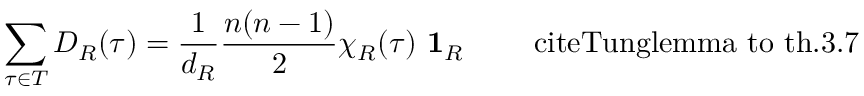
\sum _ { \tau \in T } D _ { R } ( \tau ) = \frac { 1 } { d _ { R } } \frac { n ( n - 1 ) } { 2 } \chi _ { R } ( \tau ) \mathrm { { \bf ~ 1 } } _ { R } \qquad \mathrm { \ c i t e { T u n g } l e m m a ~ t o ~ t h . 3 . 7 }